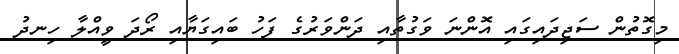
މިގޮތުން ސަޖިދައިގައި އޮންނަ ވަގުތާއި ދަންވަރުގެ ފަހު ބައިގަޔާއި ރޯދަ ވީއްލާ ހިނދު